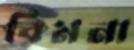
বিমনা